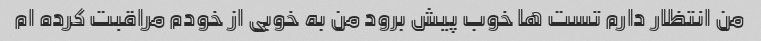
من انتظار دارم تست ها خوب پیش برود من به خوبی از خودم مراقبت کرده ام